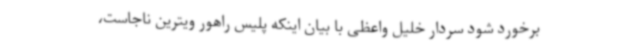
برخورد شود سردار خلیل واعظی با بیان اینکه پلیس راهور ویترین ناجاست،